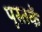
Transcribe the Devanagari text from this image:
पूस्‍तकें